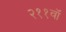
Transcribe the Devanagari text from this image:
२११वॉ